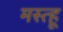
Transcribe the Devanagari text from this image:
मस्त्हू